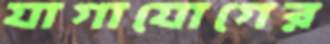
যাগাযোগের